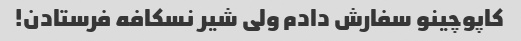
کاپوچینو سفارش دادم ولی شیر نسکافه فرستادن!